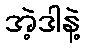
အဲ့ဒါနဲ့